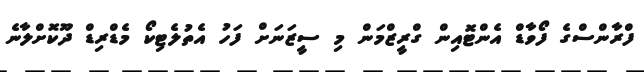
ފްރާންސްގެ ފޯވާޑް އެންޓޮއިން ގްރީޒްމަން މި ސީޒަނަށް ފަހު އެތުލެޓިކޯ މެޑްރިޑް ދޫކޮށްލާނެ